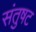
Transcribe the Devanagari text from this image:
संतुषट